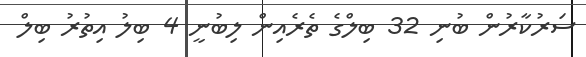
ސަރުކާރުން ބުނި 32 ބިލްގެ ތެރެއިން ލިބުނީ 4 ބިލު އިތުރު ބިލް